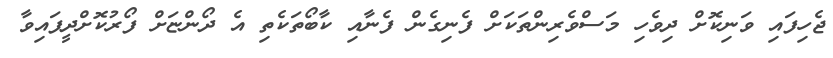
ޖެހިފައި ވަނިކޮށް ދިވެހި މަސްވެރިންތަކަށް ފެނިގެން ފެނާއި ކާބޯތަކެތި އެ ދޯންޏަށް ފޯރުކޮށްދީފައިވާ